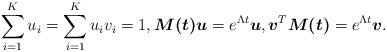
LaTeX: \begin{align*}\sum_{i=1}^{K}u_{i}=\sum_{i=1}^{K}u_{i}v_{i}=1,\boldsymbol{M(t)}\boldsymbol{u}=e^{\Lambda t}\boldsymbol{u},\boldsymbol{v}^{T}\boldsymbol{M(t)}=e^{\Lambda t}\boldsymbol{v}.\end{align*}